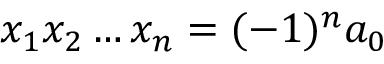
x _ { 1 } x _ { 2 } \ldots x _ { n } = ( - 1 ) ^ { n } a _ { 0 }